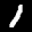
Label: 1